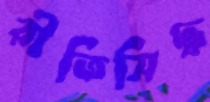
রীতিসিদ্ধ